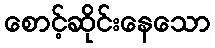
စောင့်ဆိုင်းနေသော